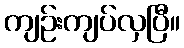
ကျဉ်းကျပ်လှပြီ။